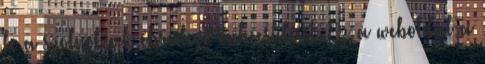
le a szolnokiak ébredező önbecsülését. Ez a weboldal a